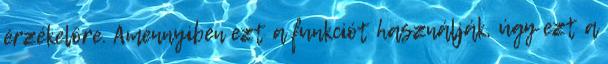
érzékelõre. Amennyiben ezt a funkciót használják, úgy ezt a